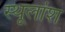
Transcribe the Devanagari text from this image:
स्थूलांश